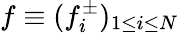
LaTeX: f\equiv(f_{i}^{\pm})_{1\leq i\leq N}